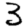
Digit: 3